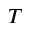
T